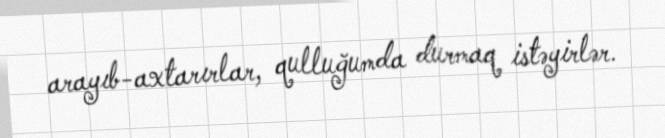
arayıb-axtarırlar, qulluğumda durmaq istəyirlər.